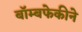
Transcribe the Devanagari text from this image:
बॉम्बफेकीने